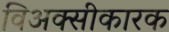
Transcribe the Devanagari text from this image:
विअक्सीकारक